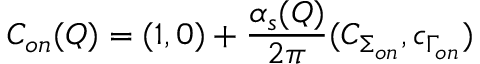
C _ { o n } ( Q ) = ( 1 , 0 ) + { \frac { \alpha _ { s } ( Q ) } { 2 \pi } } ( C _ { \Sigma _ { o n } } , \/ c _ { \Gamma _ { o n } } )